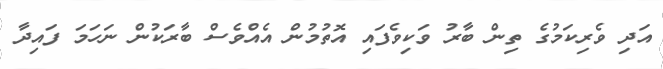
އަދި ވެރިކަމުގެ ތިން ބާރު ވަކިވެފައި އޮތުމުން އެއްވެސް ބާރަކުން ނަހަމަ ފައިދާ